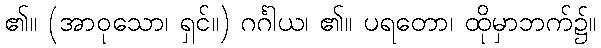
၏။ (အာဝုသော၊ ရှင်။) ဂင်္ဂါယ၊ ၏။ ပရတော၊ ထိုမှာဘက်၌။